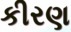
કીરણ